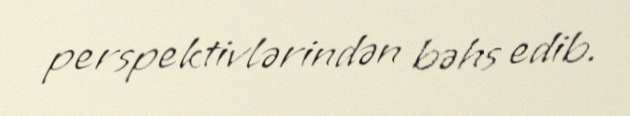
perspektivlərindən bəhs edib.